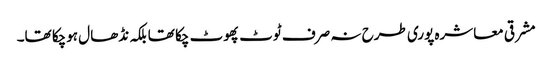
مشرقی معاشرہ پوری طرح نہ صرف ٹوٹ پھوٹ چکا تھا بلکہ نڈھال ہوچکا تھا۔